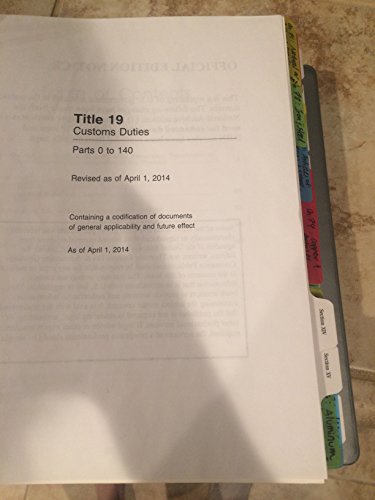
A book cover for Code of Federal Regulations, Title 19, Customs Duties, Pt. 0-140, Revised as of April 1, 2015; Law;